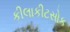
કીલાકીટસોક